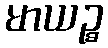
မာယဉ္စ